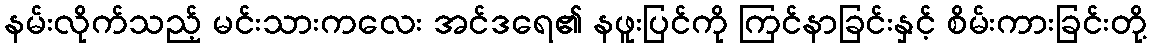
နမ်းလိုက်သည့် မင်းသားကလေး အင်ဒရေ၏ နဖူးပြင်ကို ကြင်နာခြင်းနှင့် စိမ်းကားခြင်းတို့